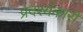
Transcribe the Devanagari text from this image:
प्रदर्श्यकारी